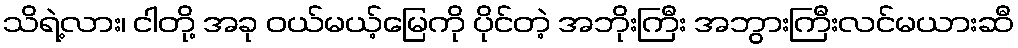
သိရဲ့လား၊ ငါတို့ အခု ဝယ်မယ့်မြေကို ပိုင်တဲ့ အဘိုးကြီး အဘွားကြီးလင်မယားဆီ